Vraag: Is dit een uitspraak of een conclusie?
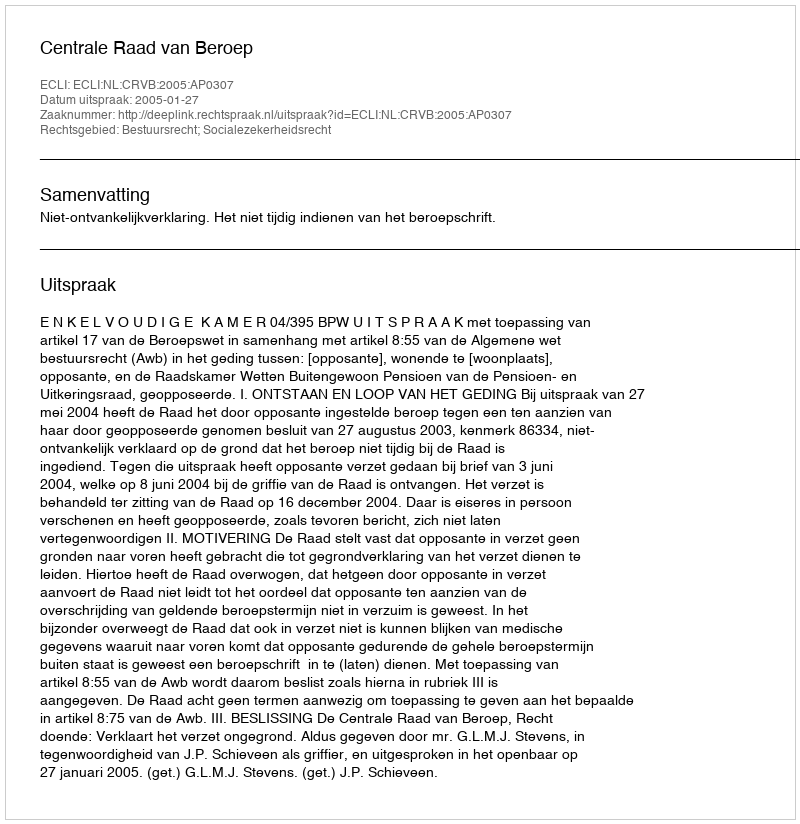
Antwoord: Uitspraak